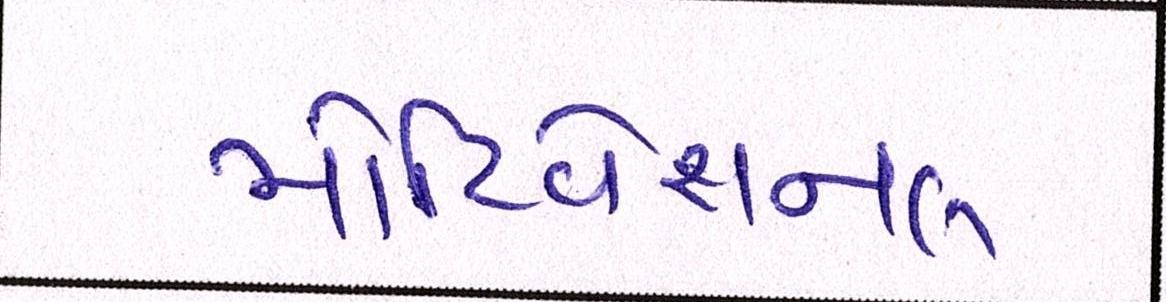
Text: મોટિવેશનલ